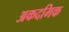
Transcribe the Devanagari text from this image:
अकदमिक